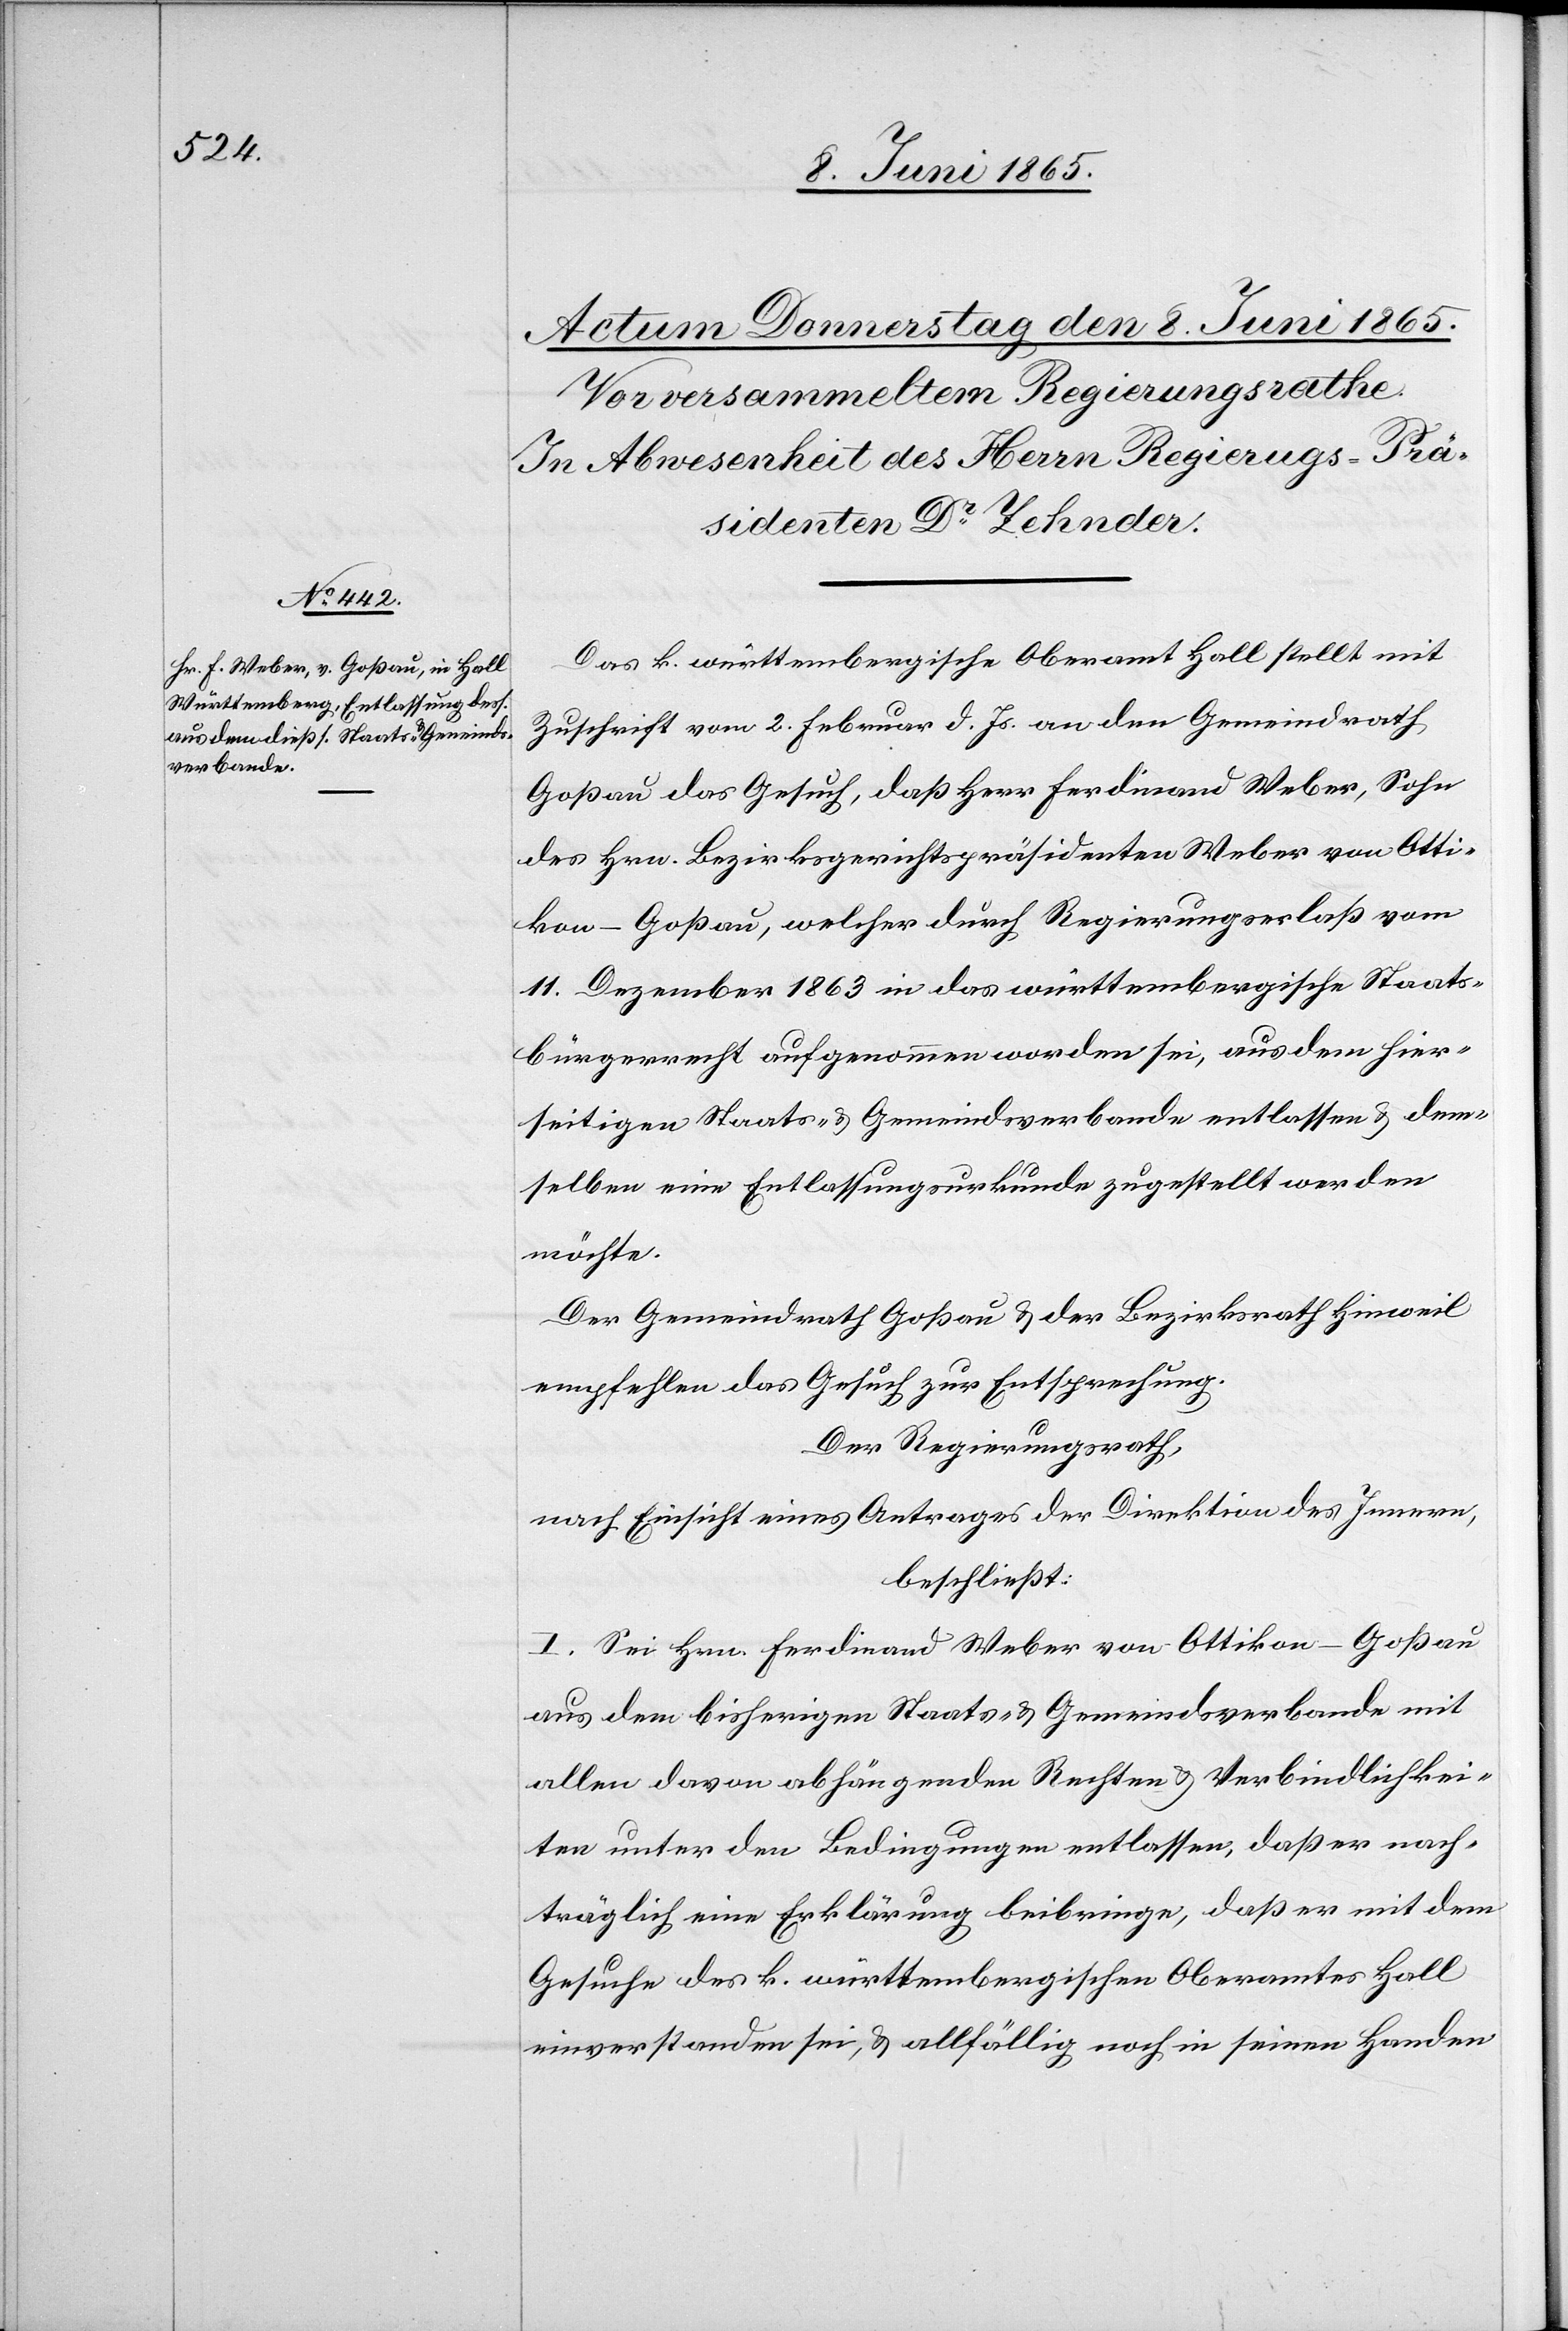
Das k. württembergische Oberamt Hall stellt mit
Zuschrift vom 2. Februar d. Js. an den Gemeindrath
Goßau das Gesuch, das Herr Ferdinand Weber, Sohn
des Hrn. Bezirksgerichtspräsidenten Weber von Otti¬
kon-Goßau, welcher durch Regierungserlaß vom
11. Dezember 1863 in das württembergische Staats¬
bürgerrecht aufgenommen worden sei, aus dem hier¬
seitigen Staats- & Gemeindsverbande entlassen & dem¬
selben eine Entlassungsurkunde zugestellt werden
möchte.
Der Gemeindrath Goßau & der Bezirksrath Hinweil
empfehlen das Gesuch zur Entsprechung.
Der Regierungsrath,
nach Einsicht eines Antrages der Direktion des Innern,
beschließt:
I. Sei Hrn. Ferdinand Weber von Ottikon-Goßau
aus dem bisherigen Staats- & Gemeindsverbande mit
allen davon abhängenden Rechten & Verbindlichkei¬
ten unter den Bedingungen entlassen, daß er nach¬
träglich eine Erklärung beibringe, daß er mit dem
Gesuche des k. württembergischen Oberamtes Hall
einverstanden sei, & allfällig noch in seinen Handen